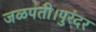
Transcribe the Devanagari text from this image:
जळपती।पुरंदर